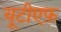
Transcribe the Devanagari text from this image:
यूटीएफ़